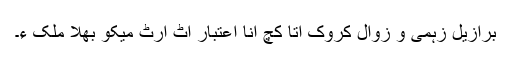
برازیل زہمی و زوال کروک آتا کچ انا اعتبار اٹ ارٹ میکو بھلا ملک ءِ۔